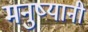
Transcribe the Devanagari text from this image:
मनुष्यानी